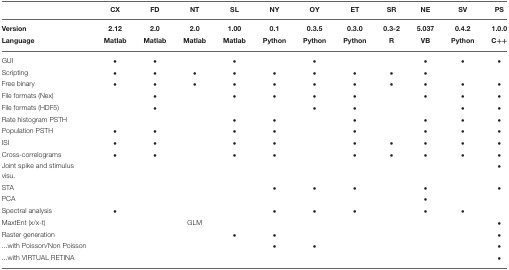
<table><thead><tr><td></td><td><b>CX</b></td><td><b>FD</b></td><td><b>NT</b></td><td><b>SL</b></td><td><b>NY</b></td><td><b>OY</b></td><td><b>ET</b></td><td><b>SR</b></td><td><b>NE</b></td><td><b>SV</b></td><td><b>PS</b></td></tr><tr><td><b>Version Language</b></td><td><b>2.12 Matlab</b></td><td><b>2.0 Matlab</b></td><td><b>2.0 Matlab</b></td><td><b>1.00 Matlab</b></td><td><b>0.1 Python</b></td><td><b>0.3.5 Python</b></td><td><b>0.3.0 Python</b></td><td><b>0.3-2 R</b></td><td><b>5.037 VB</b></td><td><b>0.4.2 Python</b></td><td><b>1.0.0 C++</b></td></tr></thead><tbody><tr><td>GUI</td><td>•</td><td>•</td><td></td><td>•</td><td></td><td>•</td><td></td><td></td><td>•</td><td>•</td><td>•</td></tr><tr><td>Scripting</td><td>•</td><td>•</td><td>•</td><td>•</td><td>•</td><td>•</td><td>•</td><td>•</td><td>•</td><td></td><td></td></tr><tr><td>Free binary</td><td>•</td><td>•</td><td>•</td><td>•</td><td>•</td><td>•</td><td>•</td><td>•</td><td>•</td><td>•</td><td>•</td></tr><tr><td>File formats (Nex)</td><td></td><td>•</td><td></td><td>•</td><td>•</td><td>•</td><td>•</td><td></td><td>•</td><td>•</td><td>•</td></tr><tr><td>File formats (HDF5)</td><td></td><td>•</td><td></td><td></td><td></td><td>•</td><td>•</td><td></td><td></td><td>•</td><td>•</td></tr><tr><td>Rate histogram PSTH</td><td></td><td></td><td></td><td>•</td><td>•</td><td></td><td>•</td><td></td><td>•</td><td>•</td><td>•</td></tr><tr><td>Population PSTH</td><td>•</td><td>•</td><td></td><td>•</td><td>•</td><td></td><td>•</td><td></td><td>•</td><td>•</td><td>•</td></tr><tr><td>ISI</td><td>•</td><td>•</td><td></td><td>•</td><td>•</td><td></td><td>•</td><td>•</td><td>•</td><td>•</td><td>•</td></tr><tr><td>Cross-correlograms</td><td>•</td><td>•</td><td></td><td>•</td><td>•</td><td></td><td>•</td><td>•</td><td>•</td><td>•</td><td>•</td></tr><tr><td>Joint spike and stimulus visu.</td><td></td><td></td><td></td><td></td><td></td><td></td><td></td><td></td><td></td><td></td><td>•</td></tr><tr><td>STA</td><td></td><td></td><td></td><td></td><td>•</td><td>•</td><td>•</td><td></td><td>•</td><td></td><td>•</td></tr><tr><td>PCA</td><td></td><td></td><td></td><td></td><td></td><td></td><td></td><td></td><td>•</td><td></td><td></td></tr><tr><td>Spectral analysis</td><td>•</td><td></td><td></td><td></td><td>•</td><td>•</td><td>•</td><td></td><td>•</td><td>•</td><td></td></tr><tr><td>MaxtEnt (x/x-t)</td><td></td><td></td><td>GLM</td><td></td><td></td><td></td><td></td><td></td><td></td><td></td><td>•</td></tr><tr><td>Raster generation</td><td></td><td></td><td></td><td>•</td><td>•</td><td></td><td></td><td></td><td></td><td></td><td>•</td></tr><tr><td>...with Poisson/Non Poisson</td><td></td><td></td><td></td><td></td><td>•</td><td>•</td><td></td><td></td><td></td><td></td><td>•</td></tr><tr><td>...with VIRTUAL RETINA</td><td></td><td></td><td></td><td></td><td></td><td></td><td></td><td></td><td></td><td></td><td>•</td></tr></tbody></table>